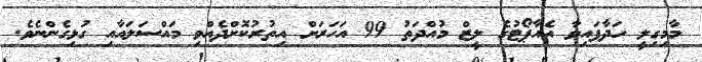
މާމިގިލީ ހަދާފައިވާ އެއާޕޯޓުގެ ލީޒް މުއްދަތު 99 އަހަރަށް އިތުރުކޮށްދެއްވި މައްސަލައާއި ގުޅިގެންނެވެ.